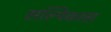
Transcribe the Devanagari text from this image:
सल्पिकास